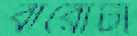
বারোটা